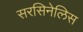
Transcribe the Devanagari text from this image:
सरसिनेलिस